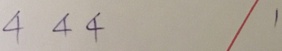
4 4 4 1